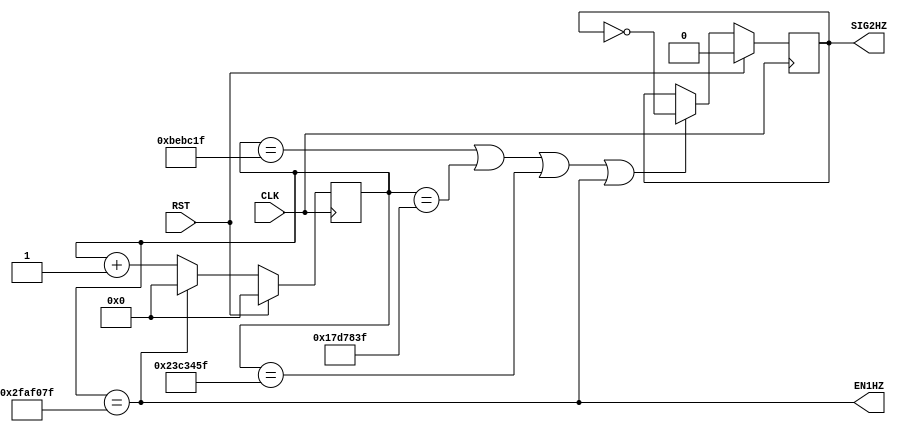
module CNT1SEC(
	input CLK, RST,
	output EN1HZ,
	output reg SIG2HZ
);

// 50 MHz counter
reg[25:0] cnt;

always @(posedge CLK) begin
	if(RST)
		cnt <= 26'b0;
	else if(EN1HZ)
		cnt <=26'b0;
	else
		cnt<=cnt+1'b1;
end


// 1Hz enable signal
assign EN1HZ = (cnt==26'd49999999);

// 2Hz, duty 50 % signal
wire cnt37499999 = (cnt==26'd37499999);
wire cnt24999999 = (cnt==26'd24999999);
wire cnt12499999 = (cnt==26'd12499999);

always @(posedge CLK) begin
	if(RST)
		SIG2HZ<=1'b0;
	else if (cnt12499999 | cnt24999999 | cnt37499999| EN1HZ)
		SIG2HZ <= ~SIG2HZ;
end

endmodule